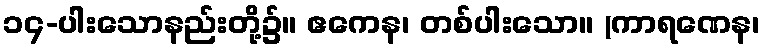
၁၄-ပါးသောနည်းတို့၌။ ဧကေန၊ တစ်ပါးသော။ (ကာရဏေန၊